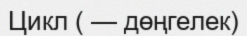
Цикл ( — дөңгелек)